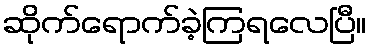
ဆိုက်ရောက်ခဲ့ကြရလေပြီ။